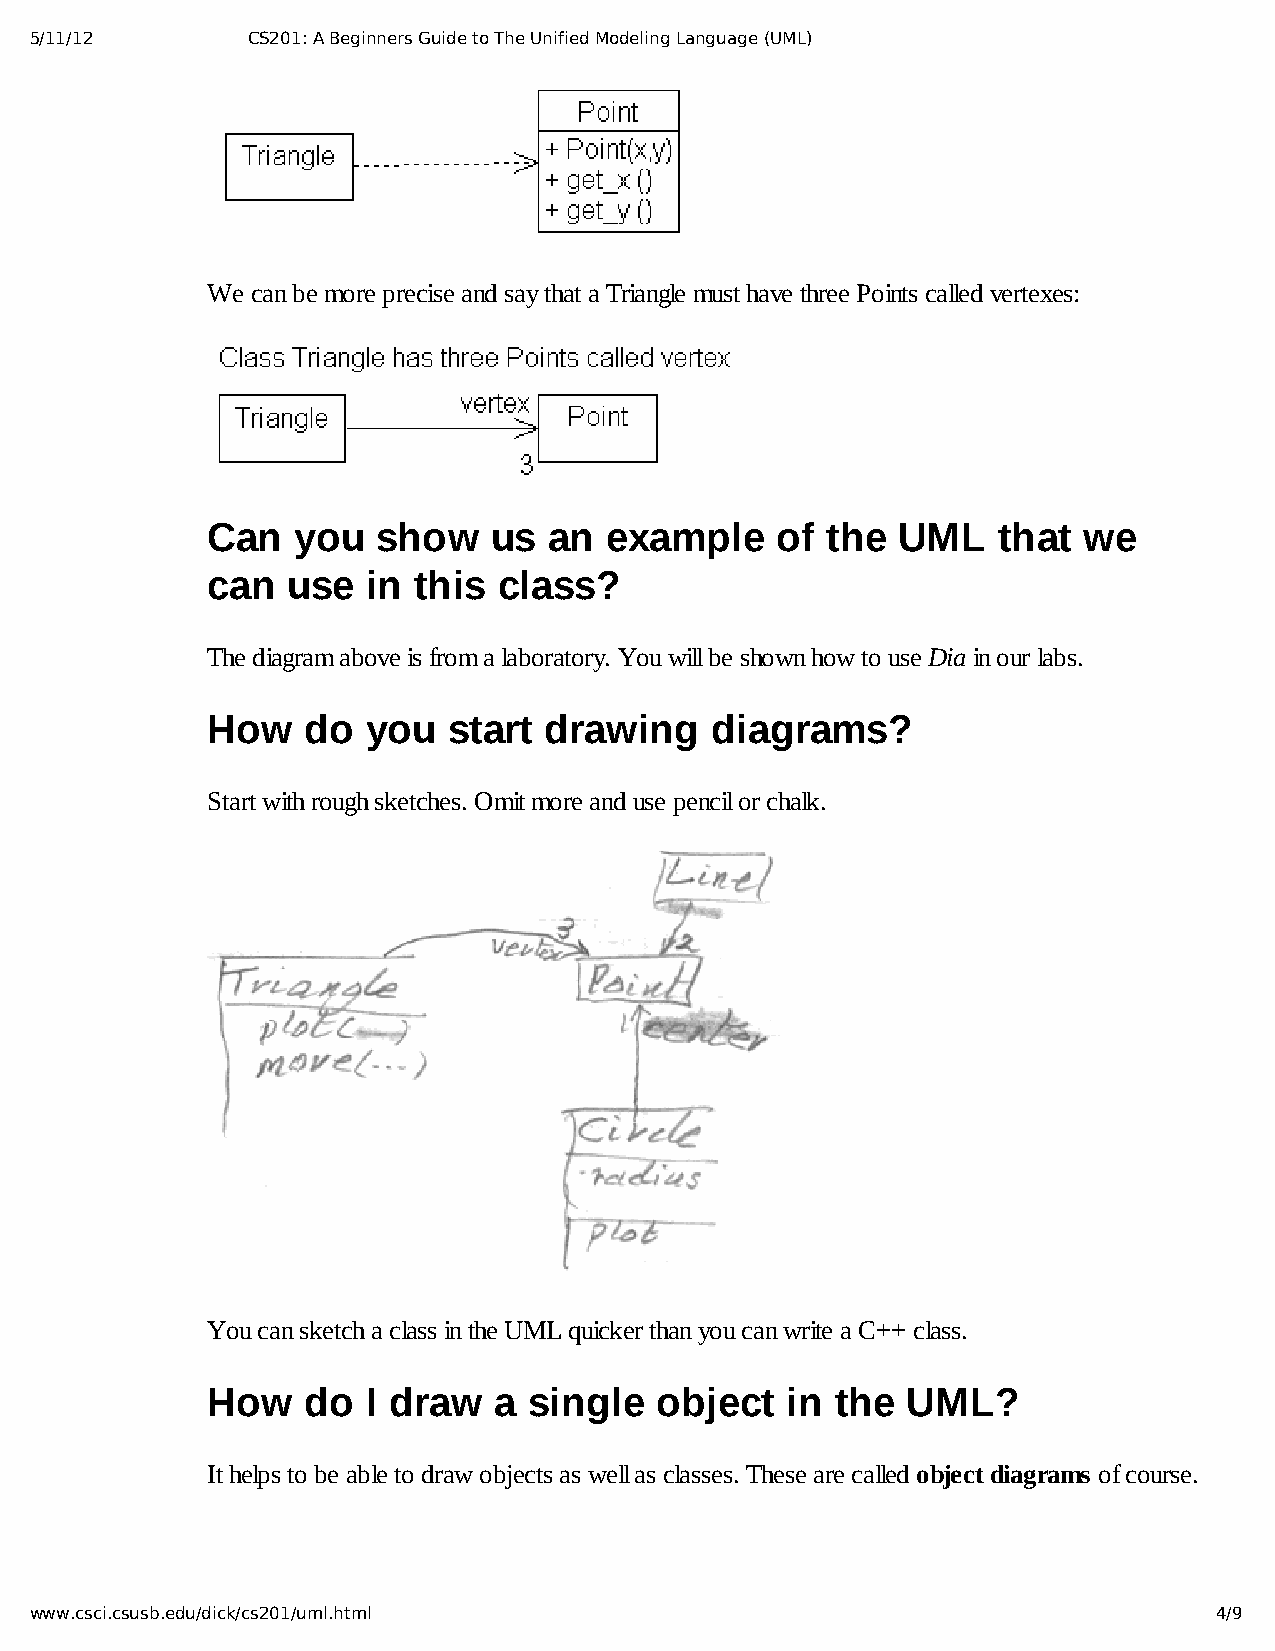
5/11/12       CS201: A Beginners Guide to The Unified Modeling Language (UML)
 We can be more precise and say that a Triangle must have three Points called vertexes:
 Can  you   show    us an  example    of  the UML    that  we
 can  use  in this  class?
 The diagram above is from a laboratory. You will be shown how to use Dia in our labs.
 How   do  you   start drawing    diagrams?
 Start with rough sketches. Omit more and use pencil or chalk.
 You can sketch a class in the UML quicker than you can write a C++ class.
 How   do  I draw   a single  object   in the  UML?
 It helps to be able to draw objects as well as classes. These are called object diagrams of course.
 www.csci.csusb.edu/dick/cs201/uml.html                                         4/9